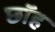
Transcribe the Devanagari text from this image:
छॉह